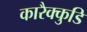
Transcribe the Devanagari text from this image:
कारैक्कुडि